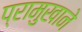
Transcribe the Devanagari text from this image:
प्रामुखाने